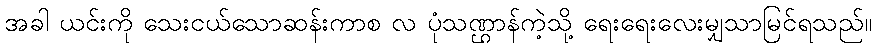
အခါ ယင်းကို သေးငယ်သောဆန်းကာစ လ ပုံသဏ္ဌာန်ကဲ့သို့ ရေးရေးလေးမျှသာမြင်ရသည်။